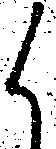
候